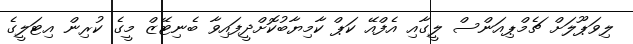
ލިވަޕޫލަށް ޗެމްޕިއަންސް ލީގާއި އެފްއޭ ކަޕް ކާމިޔާބުކޮށްދީފައިވާ ބެނިޓޭޒް މީގެ ކުރިން އިޓަލީގެ